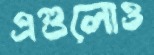
এগুলোও